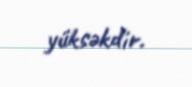
yüksəkdir.